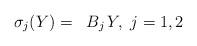
LaTeX: \begin{align*}\begin{aligned}\sigma_j(Y) & = & B_j\,Y,\ j=1,2\end{aligned} \end{align*}